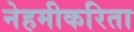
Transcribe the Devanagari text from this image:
नेहमीकरिता